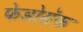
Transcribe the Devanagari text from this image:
फेडोरॉफ